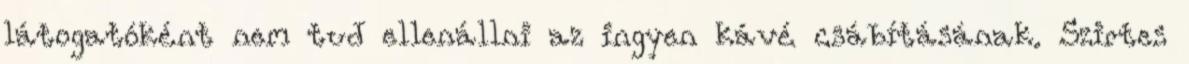
látogatóként nem tud ellenállni az ingyen kávé csábításának. Szirtes